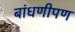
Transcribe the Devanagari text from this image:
बांधणीपण